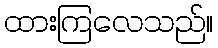
ထားကြလေသည်။